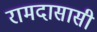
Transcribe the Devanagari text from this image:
रामदासासी